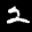
Digit: 2